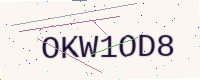
Text: OKW1OD8